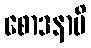
စောဒနာပိ